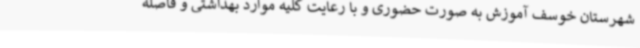
شهرستان خوسف آموزش به صورت حضوری و با رعایت کلیه موارد بهداشتی و فاصله